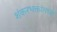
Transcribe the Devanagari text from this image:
शंकरभक्तांमध्ये